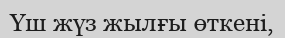
Үш жүз жылғы өткені,